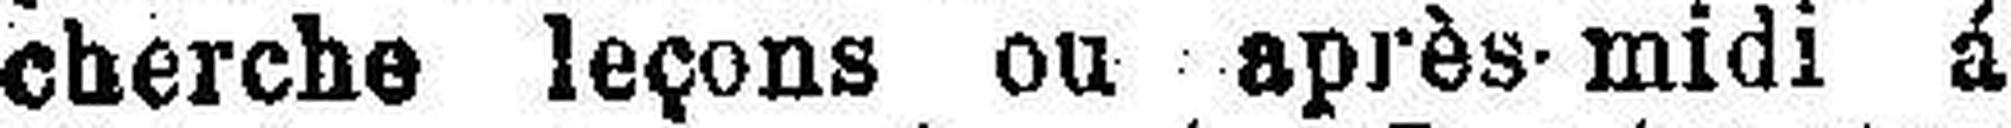
cherche leçons ou après-midi á